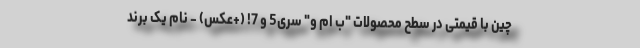
چین با قیمتی در سطح محصولات "ب ام و" سری5 و 7! (+عکس) - نام یک برند